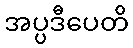
အပ္ပဒီပေတိ